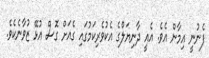
ފެނުނީ އިމާން އެވެ. އެއީ ދާނިޔަލްގެ އެކުވެރިކަމުގައި ގެއަށް ގޮސް އުޅޭ ޒުވާނެކެވެ.